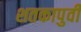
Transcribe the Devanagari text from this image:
शतकापुर्वी